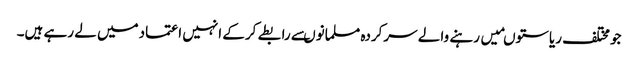
جومختلف ریاستوںمیں رہنے والے سرکردہ مسلمانوںسے رابطے کرکے انہیں اعتمادمیں لے رہے ہیں۔